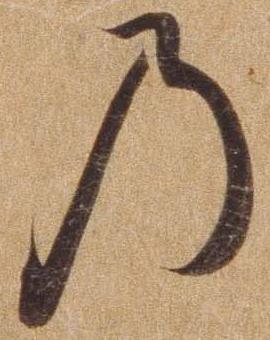
の